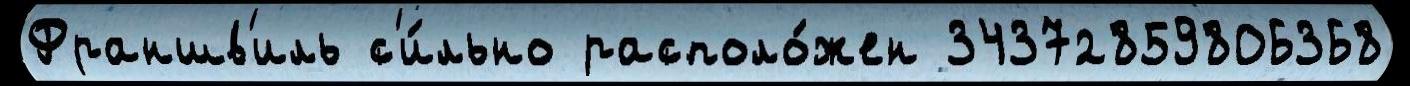
Франшв'иль с'и́льно располо́жен 34372859806368